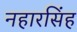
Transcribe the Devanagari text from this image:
नहारसिंह